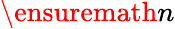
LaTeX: \ensuremath{n}